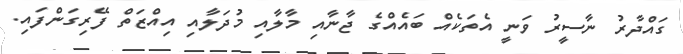
ގައްދާރު ނާސީރު ވަނީ އެތަކެއް ބައެއްގެ ޖާނާއި މާލާއި މުދަލާއި އިއްޒަތް ފޭރިގަންފައި.